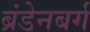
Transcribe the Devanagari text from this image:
ब्रंडेनबर्ग